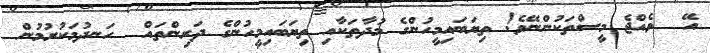
އޭ  ވެއްޖެ މީސްތަކުންނޭވެ! ތިޔަބައިމީހުންގެ މުދާތަކާއި ތިޔަބައިމީހުންގެ ދަރިންތައް  ހަނދުމަކުރުމުން